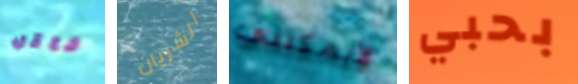
ناقل الشريان لايمكنني بحبي